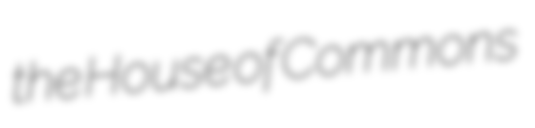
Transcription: the House of Commons